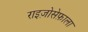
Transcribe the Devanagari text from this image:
राइज़ोसेफ़ाला